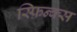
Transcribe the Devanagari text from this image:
स्फ़िन्क्स